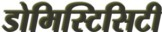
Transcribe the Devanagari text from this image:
डोमिस्टिसिटी